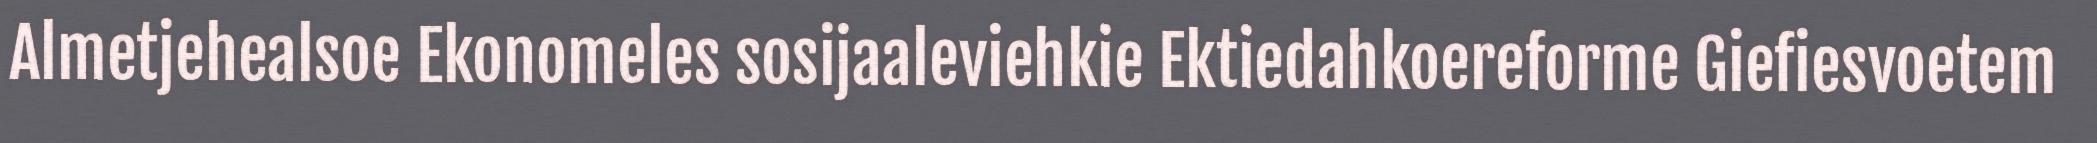
Almetjehealsoe Ekonomeles sosijaaleviehkie Ektiedahkoereforme Giefiesvoetem